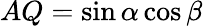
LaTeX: AQ=\sin\alpha\cos\beta